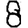
Digit: 8